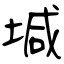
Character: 堿